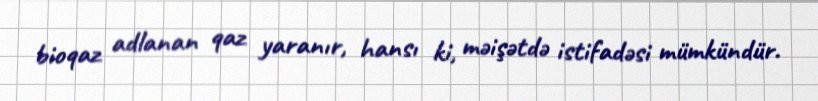
bioqaz adlanan qaz yaranır, hansı ki, məişətdə istifadəsi mümkündür.